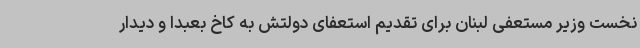
نخست وزیر مستعفی لبنان برای تقدیم استعفای دولتش به کاخ بعبدا و دیدار